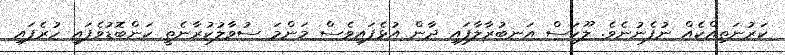
ކަރުނަތިއްކެއް ނުފެނުނެވެ. ލޫކަސް އަނބުރާލާފައި ދާން އުޅެފައިވެސް މަންމަ ސުވާލުކުރާނެތީ ކަންބޮޑުވެފައި ހުރެފައި